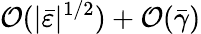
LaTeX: \mathcal{O}(\vert\bar{\varepsilon}\vert^{1/2})+\mathcal{O}(\bar{\gamma})